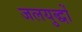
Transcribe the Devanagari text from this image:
जलयुद्धों